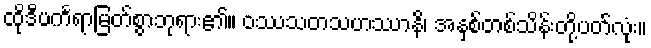
ထိုဒီပင်္ကရာမြတ်စွာဘုရား၏။ ဝဿသတသဟဿာနိ၊ အနှစ်တစ်သိန်းတို့ပတ်လုံး။